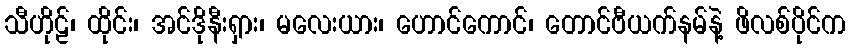
သီဟိုဠ်၊ ထိုင်း၊ အင်ဒိုနီးရှား၊ မလေးယား၊ ဟောင်ကောင်၊ တောင်ဗီယက်နမ်နဲ့ ဖိလစ်ပိုင်က